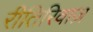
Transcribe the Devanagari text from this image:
रीतिरिवाज़